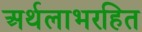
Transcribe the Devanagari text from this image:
अर्थलाभरहित